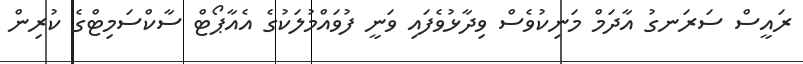
ރައީސް ސަރަނގު އާދަމް މަނިކުވެސް ވިދާޅުވެފައި ވަނީ ފުވައްމުލަކުގެ އެއާޕޯޓް ސާކްސަމިޓްގެ ކުރިން